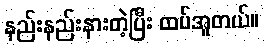
နည်းနည်းနားတဲ့ပြီး ထပ်အူတယ်။